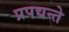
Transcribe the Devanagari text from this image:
प्रपद्यन्ते